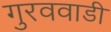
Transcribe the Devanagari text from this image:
गुरववाडी